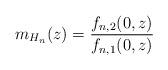
LaTeX: \begin{align*}m_{H_n}(z)=\frac{f_{n,2}(0,z)}{f_{n,1}(0,z)}\end{align*}